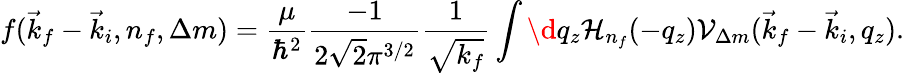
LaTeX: f(\vec{k}_{f}-\vec{k}_{i},n_{f},\Delta m)=\frac{\mu}{\hbar^{2}}\frac{-1}{2\sqrt{2}\pi^{3/2}}\frac{1}{\sqrt{k_{f}}}\int\d q_{z}\mathcal{H}_{n_{f}}(-q_{z})\mathcal{V}_{\Delta m}(\vec{k}_{f}-\vec{k}_{i},q_{z}).